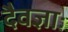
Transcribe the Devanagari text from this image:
दैवज्ञाः